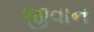
જીવાન